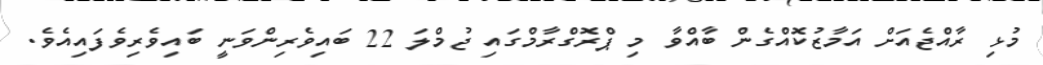
މުޅި ރާއްޖެއަށް އަމާޒުކޮައްގެން ބާއްވާ މި ޕްރޮގްރާމްގައި ޖުމްލަ 22 ބައިވެރިންވަނީ ބައިވެރިވެފައިއެވެ.